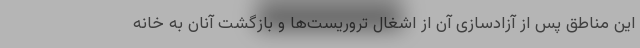
این مناطق پس از آزادسازی آن از اشغال تروریست‌ها و بازگشت آنان به خانه